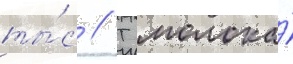
ты́с // Т молока́